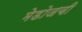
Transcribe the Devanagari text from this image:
मेडोजची